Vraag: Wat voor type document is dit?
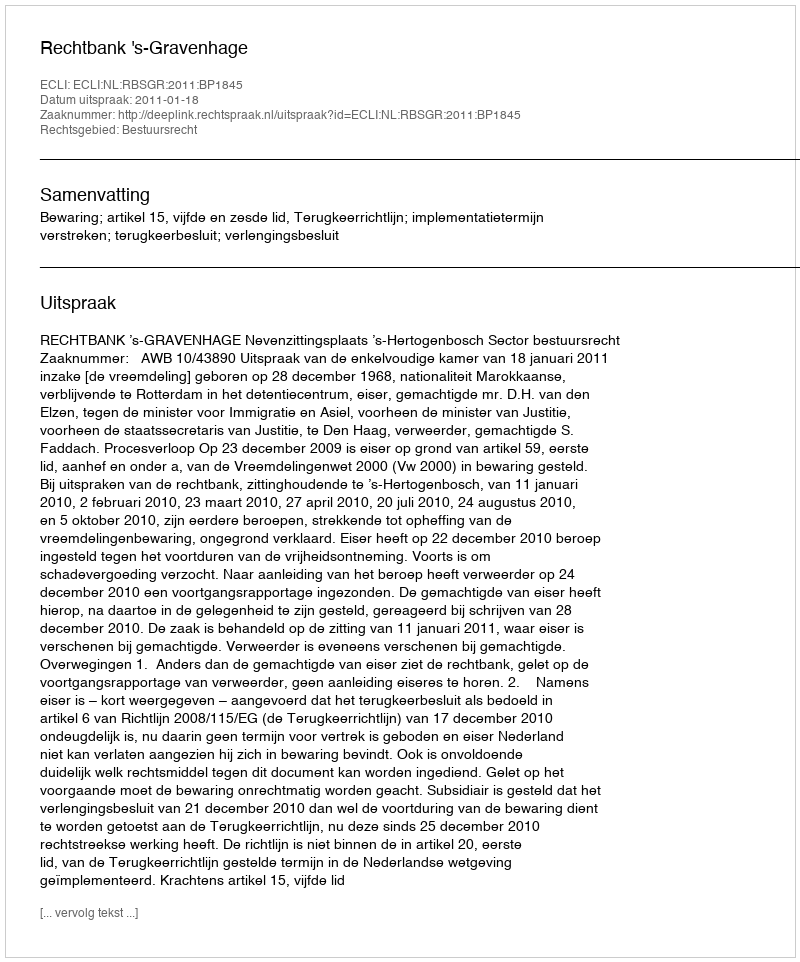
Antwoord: Uitspraak